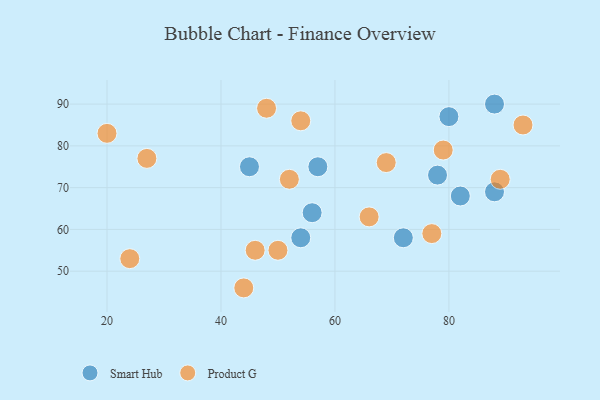
{"axis": {"x": "GDP", "y": "Life Expectancy"}, "legend": ["Product G", "Smart Hub"], "data": [{"x": "88", "y": 69, "type": "Smart Hub"}, {"x": "88", "y": 90, "type": "Smart Hub"}, {"x": "78", "y": 73, "type": "Smart Hub"}, {"x": "57", "y": 75, "type": "Smart Hub"}, {"x": "72", "y": 58, "type": "Smart Hub"}, {"x": "82", "y": 68, "type": "Smart Hub"}, {"x": "80", "y": 87, "type": "Smart Hub"}, {"x": "54", "y": 58, "type": "Smart Hub"}, {"x": "56", "y": 64, "type": "Smart Hub"}, {"x": "45", "y": 75, "type": "Smart Hub"}, {"x": "48", "y": 89, "type": "Product G"}, {"x": "77", "y": 59, "type": "Product G"}, {"x": "20", "y": 83, "type": "Product G"}, {"x": "79", "y": 79, "type": "Product G"}, {"x": "46", "y": 55, "type": "Product G"}, {"x": "89", "y": 72, "type": "Product G"}, {"x": "27", "y": 77, "type": "Product G"}, {"x": "69", "y": 76, "type": "Product G"}, {"x": "66", "y": 63, "type": "Product G"}, {"x": "54", "y": 86, "type": "Product G"}, {"x": "50", "y": 55, "type": "Product G"}, {"x": "93", "y": 85, "type": "Product G"}, {"x": "44", "y": 46, "type": "Product G"}, {"x": "52", "y": 72, "type": "Product G"}, {"x": "24", "y": 53, "type": "Product G"}]}